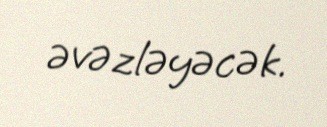
əvəzləyəcək.